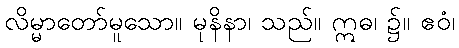
လိမ္မာတော်မူသော။ မုနိနာ၊ သည်။ ဣဓ၊ ၌။ ဧဝံ၊